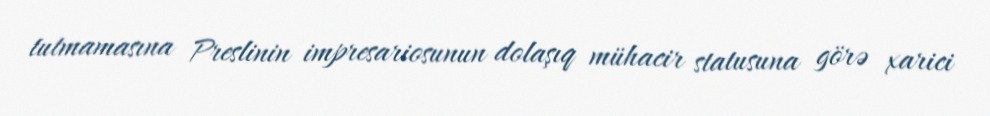
tutmamasına Preslinin impresariosunun dolaşıq mühacir statusuna görə xarici